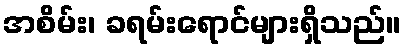
အစိမ်း၊ ခရမ်းရောင်များရှိသည်။